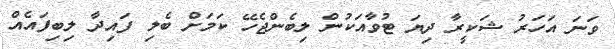
ވަނަ އަހަރު ޝަކީރާ ދިޔަ ޓުވާއަކުން ލިބެންޖެހޭ ކަމަށް ބެލި ފައިދާ ލިބިފައެއް